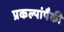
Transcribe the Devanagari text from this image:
प्रकल्पांपैकी